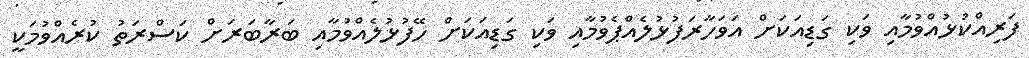
ފަރިއްކުޅުއްވުމާއި ވަކި ގަޑިއަކަށް އަވަހާރަފުޅުލެއްޕެވުމާއި ވަކި ގަޑިއަކަށް ހޭފުޅުލެއްވުމާއި ބަރާބަރަށް ކަސްރަތު ކުރެއްވުމަކީ